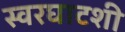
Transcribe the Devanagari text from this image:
स्वरघाटशी